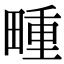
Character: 畽